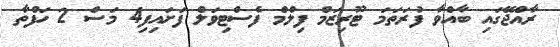
ރާއްޖޭގައި ބާއްވާ ފުރަތަމަ ޓޫރިޒަމް ފިލްމް ފެސްޓިވަލް ފަށައިފި4 މަސް 2 ހަފްތާ